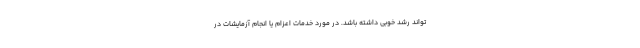
تواند رشد خوبی داشته باشد. در مورد خدمات اعزام یا انجام آزمایشات در